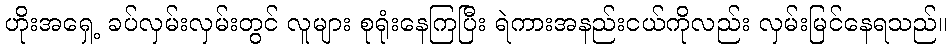
ဟိုးအရှေ့ ခပ်လှမ်းလှမ်းတွင် လူများ စုရုံးနေကြပြီး ရဲကားအနည်းငယ်ကိုလည်း လှမ်းမြင်နေရသည်။